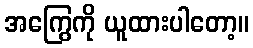
အကြွေကို ယူထားပါတော့။